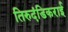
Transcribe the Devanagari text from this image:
तिरुदंडिकराई